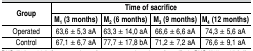
<table><thead><tr><td rowspan="2"><b>Group</b></td><td colspan="4"><b>Time of sacrifice</b></td></tr><tr><td><b>M<sub>1</sub> (3 months)</b></td><td><b>M<sub>2</sub> (6 months)</b></td><td><b>M<sub>3</sub> (9 months)</b></td><td><b>M<sub>4</sub> (12 months)</b></td></tr></thead><tbody><tr><td>Operated</td><td>63,6 ± 5,3 aA</td><td>63,3 ± 14,0 aA</td><td>66,6 ± 6,6 aA</td><td>74,3 ± 5,6 aA</td></tr><tr><td>Control</td><td>67,1 ± 6,7 aA</td><td>77,7 ± 17,8 bA</td><td>71,2 ± 7,2 aA</td><td>76,6 ± 9,1 aA</td></tr></tbody></table>